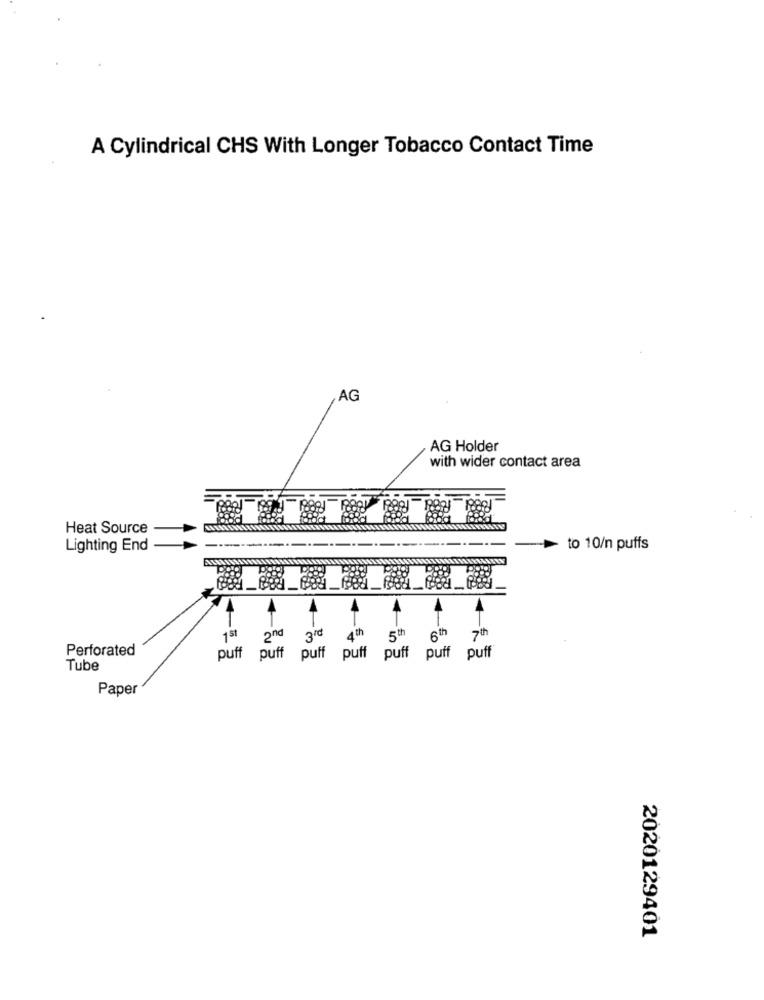
A Cylindrical CHS With Longer Tobacco Contact Time
AG
AG Holder
with wider contact area
Heat Source
Lighting End
> to 10/n puffs
-
1 st
2nd 3rd
4th
5ª 6th 7th
Perforated
puff puff puff puff puff puff puff
Tube
Paper
2020129401